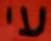
עי